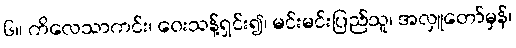
၆။ ကိလေသာကင်း၊ ဝေးသန့်ရှင်း၍၊ မင်းမင်းပြည်သူ၊ အလှူတော်မှန်၊